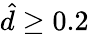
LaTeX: \hat{d}\ge 0.2